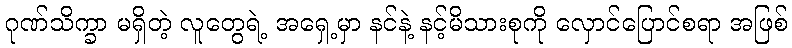
ဂုဏ်သိက္ခာ မရှိတဲ့ လူတွေရဲ့ အရှေ့မှာ နင်နဲ့ နင့်မိသားစုကို လှောင်ပြောင်စရာ အဖြစ်